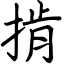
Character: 掯